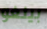
بينغو